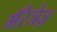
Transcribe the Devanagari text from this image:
मॅरेजेज़